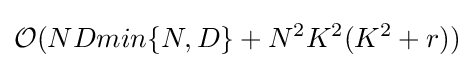
{\mathcal {O}}(NDmin\{N,D\}+N^{2}K^{2}(K^{2}+r))